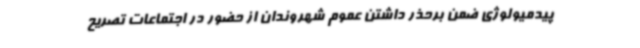
پیدمیولوژی ضمن برحذر داشتن عموم شهروندان از حضور در اجتماعات تصریح